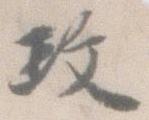
政